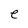
Character: e